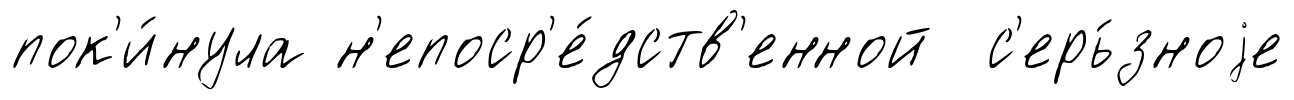
пок'и́нула н'епоср'е́дств'енной с'ерь́зноjе